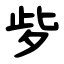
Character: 㱔